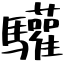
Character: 驩